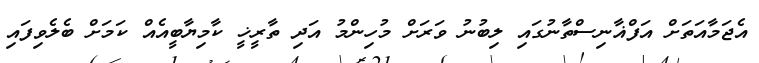
އެޖަމާއަތަށް އަފްޣާނިސްތާނުގައި ލިބުނު ވަރަށް މުހިންމު އަދި ތާރީޚީ ކާމިޔާބީއެއް ކަމަށް ބެލެވިފައި